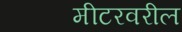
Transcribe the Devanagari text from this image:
मीटरवरील